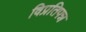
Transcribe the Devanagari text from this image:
विप्रतिपन्न